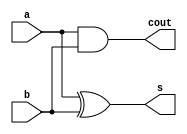
// halfadder 
module halfadd (input wire a, b, output wire s, cout);
assign s = (a ^ b);
assign cout = (a & b);
endmodule